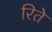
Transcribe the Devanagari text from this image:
रिते